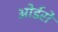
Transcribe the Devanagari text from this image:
ओर्डरों